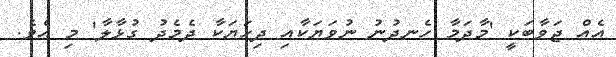
އެއް ޖަވާބަކީ 'މާދަމާ ހެނދުނު ނުވަޔަކާއި ދިހަޔަކާ ދެމެދު ގުޅާލާ' މި އެވެ.